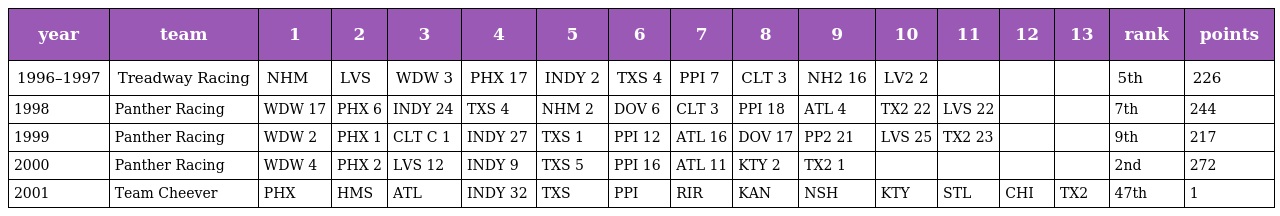
| year | team | 1 | 2 | 3 | 4 | 5 | 6 | 7 | 8 | 9 | 10 | 11 | 12 | 13 | rank | points |
 | --- | --- | --- | --- | --- | --- | --- | --- | --- | --- | --- | --- | --- | --- | --- | --- | --- |
 | 1996–1997 | Treadway Racing | NHM | LVS | WDW 3 | PHX 17 | INDY 2 | TXS 4 | PPI 7 | CLT 3 | NH2 16 | LV2 2 |  |  |  | 5th | 226 |
 | 1998 | Panther Racing | WDW 17 | PHX 6 | INDY 24 | TXS 4 | NHM 2 | DOV 6 | CLT 3 | PPI 18 | ATL 4 | TX2 22 | LVS 22 |  |  | 7th | 244 |
 | 1999 | Panther Racing | WDW 2 | PHX 1 | CLT C 1 | INDY 27 | TXS 1 | PPI 12 | ATL 16 | DOV 17 | PP2 21 | LVS 25 | TX2 23 |  |  | 9th | 217 |
 | 2000 | Panther Racing | WDW 4 | PHX 2 | LVS 12 | INDY 9 | TXS 5 | PPI 16 | ATL 11 | KTY 2 | TX2 1 |  |  |  |  | 2nd | 272 |
 | 2001 | Team Cheever | PHX | HMS | ATL | INDY 32 | TXS | PPI | RIR | KAN | NSH | KTY | STL | CHI | TX2 | 47th | 1 |